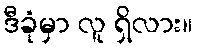
ဒီခုံမှာ လူ ရှိလား။